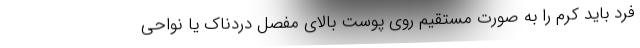
فرد باید کرم را به صورت مستقیم روی پوست بالای مفصل دردناک یا نواحی